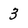
Character: 3